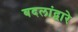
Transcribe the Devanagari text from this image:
बदलांद्वारे